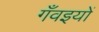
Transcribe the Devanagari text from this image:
गँवइयों